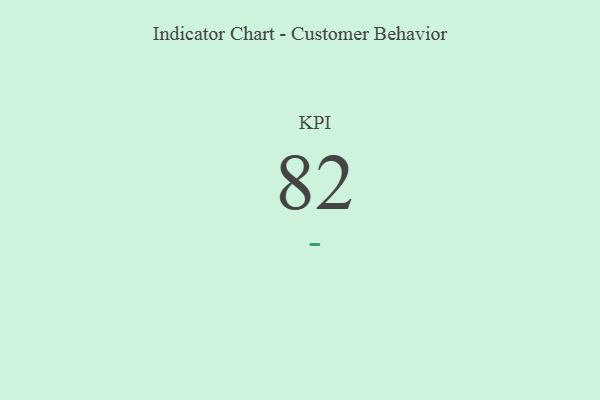
{"axis": {"x": "KPI", "y": "Value"}, "legend": [""], "data": [{"x": "KPI", "y": 82, "type": ""}]}